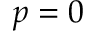
p = 0